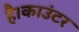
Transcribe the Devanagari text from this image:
है।काउंटर